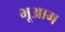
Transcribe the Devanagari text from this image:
भूआम